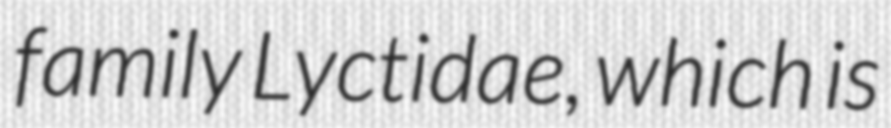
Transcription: family Lyctidae, which is